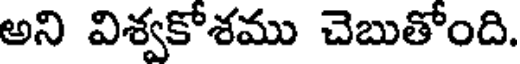
అని విశ్వకోశము చెబుతోంది.